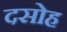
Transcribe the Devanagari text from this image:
दसोह